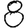
Digit: 8